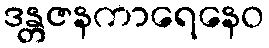
ဒန္တဇနကာရေနေဝ